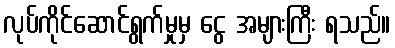
လုပ်ကိုင်ဆောင်ရွက်မှုမှ ငွေ အများကြီး ရသည်။